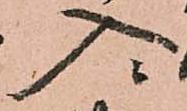
入